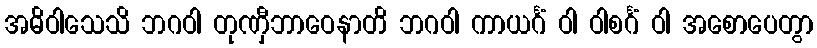
အဓိဝါသေသိ ဘဂဝါ တုဏှီဘာဝေနာတိ ဘဂဝါ ကာယင်္ဂံ ဝါ ဝါစင်္ဂံ ဝါ အစောပေတွာ